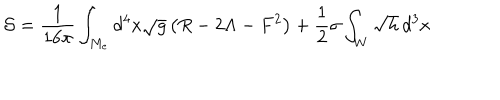
{ \cal S } = \frac { 1 } { 1 6 \pi } \int _ { M _ { e } } d ^ { 4 } x \sqrt { g } \left( R - 2 \Lambda - F ^ { 2 } \right) + \frac { 1 } { 2 } \sigma \int _ { W } \sqrt { h } \, d ^ { 3 } x